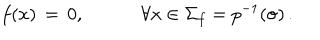
LaTeX: f ( x ) \, = \, 0 , \hspace { 3 e m } \forall x \in \Sigma _ { f } = p ^ { - 1 } ( { \sigma } ) \, .